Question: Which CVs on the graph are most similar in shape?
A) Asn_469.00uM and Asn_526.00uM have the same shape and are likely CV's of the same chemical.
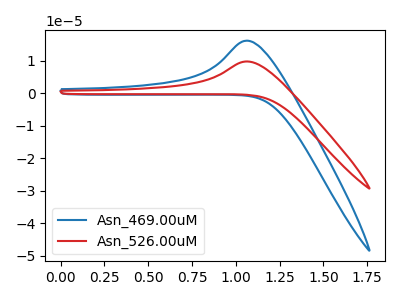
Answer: <think>The blue curve "Asn_469.00uM" has an anodic peak at: (1.05V, 16.20uA). The red curve "Asn_526.00uM" has an anodic peak at: (1.05V, 9.80uA).
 All the peaks in "Asn_469.00uM" have a peak in "Asn_526.00uM" at the same potential. Every peak in "Asn_469.00uM" is higher than every peak in "Asn_526.00uM".</think>
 <answer>A) "Asn_469.00uM" and "Asn_526.00uM" have the same shape and are likely CV's of the same chemical.</answer>
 <eval>A</eval>